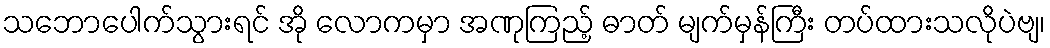
သဘောပေါက်သွားရင် အို လောကမှာ အဏုကြည့် ဓာတ် မျက်မှန်ကြီး တပ်ထားသလိုပဲဗျ၊